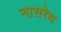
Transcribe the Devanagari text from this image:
नासरेथ